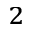
^ 2